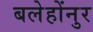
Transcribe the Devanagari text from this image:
बलेहोंनुर